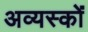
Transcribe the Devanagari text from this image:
अव्यस्कों